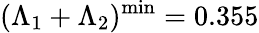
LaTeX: (\Lambda_{1}+\Lambda_{2})^{\mathrm{min}}=0.355